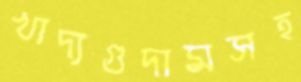
খাদ্যগুদামসহ